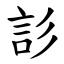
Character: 䚲